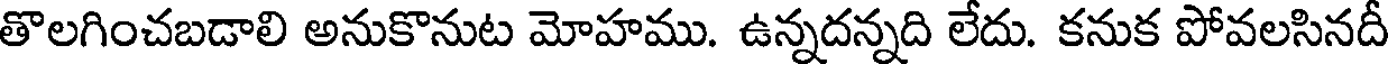
తొలగించబడాలి అనుకొనుట మోహము. ఉన్నదన్నది లేదు. కనుక పోవలసినదీ